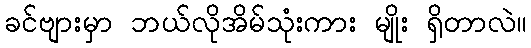
ခင်ဗျားမှာ ဘယ်လိုအိမ်သုံးကား မျိုး ရှိတာလဲ။